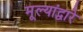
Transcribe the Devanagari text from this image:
मूल्यांद्वारे